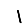
Digit: 1